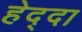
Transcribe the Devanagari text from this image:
हेद्दा